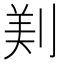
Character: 𠝫